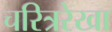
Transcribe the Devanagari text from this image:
चरित्ररेखा